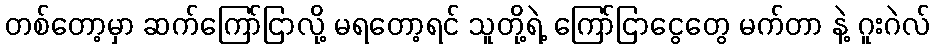
တစ်တော့မှာ ဆက်ကြော်ငြာလို့ မရတော့ရင် သူတို့ရဲ့ ကြော်ငြာငွေတွေ မက်တာ နဲ့ ဂူးဂဲလ်